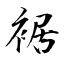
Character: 裾